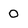
Character: 0